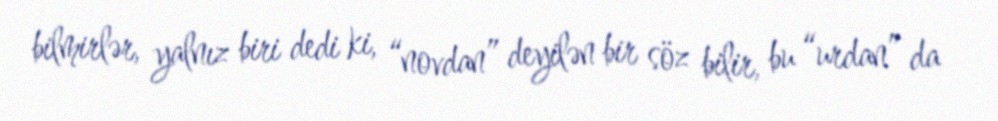
bilmirlər, yalnız biri dedi ki, “novdan” deyilən bir söz bilir, bu “urdan” da